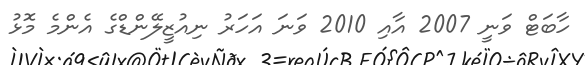
ހާބަޓް ވަނީ 2007 އާއި 2010 ވަނަ އަހަރު ނިއުޒީލޭންޑްގެ އެންމެ މޮޅު